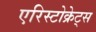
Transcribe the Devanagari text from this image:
एरिस्टोक्रेट्स